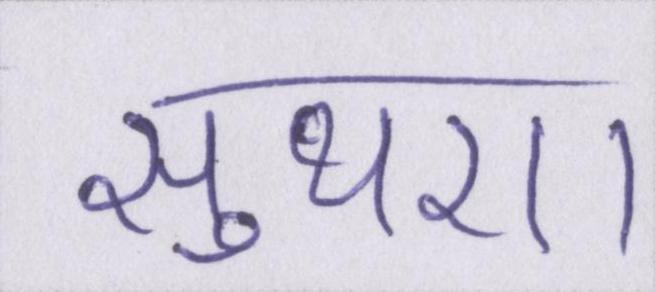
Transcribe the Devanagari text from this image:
सुथरा